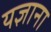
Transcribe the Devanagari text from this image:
यज्ञाना